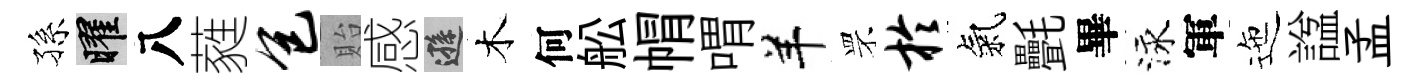
孫曜八蕤包貽感遜木何舩㡌喟羊罘於氣㲲畢泳軍迤諡孟